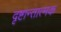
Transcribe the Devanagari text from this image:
दृष्टान्तात्मक